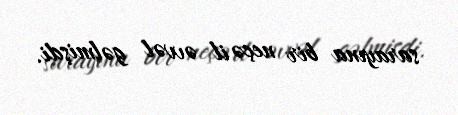
sarayına bir neçə il əvvəl gəlmişdi.